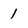
Character: 1